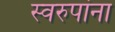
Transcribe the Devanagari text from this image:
स्वरुपांना